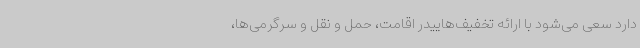
دارد سعی می‌شود با ارائه تخفیف‌هاییدر اقامت، حمل و نقل و سرگرمی‌ها،